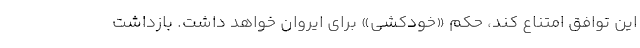
این توافق امتناع کند، حکم «خودکشی» برای ایروان خواهد داشت. بازداشت